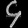
Digit: ၄